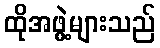
ထိုအဖွဲ့များသည်